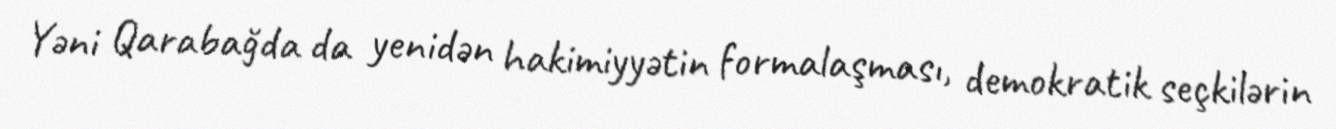
Yəni Qarabağda da yenidən hakimiyyətin formalaşması, demokratik seçkilərin